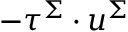
- \boldsymbol { \tau } ^ { \Sigma } \cdot \boldsymbol { u } ^ { \Sigma }